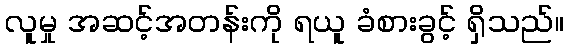
လူမှု အဆင့်အတန်းကို ရယူ ခံစားခွင့် ရှိသည်။